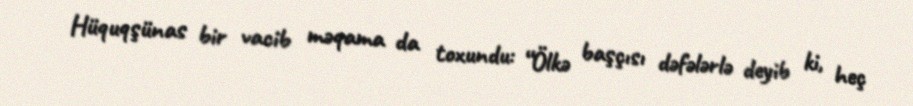
Hüquqşünas bir vacib məqama da toxundu: “Ölkə başçısı dəfələrlə deyib ki, heç